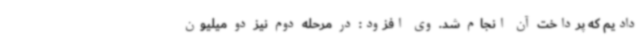
دادیم که پرداخت آن انجام شد. وی افزود: در مرحله دوم نیز دو میلیون